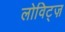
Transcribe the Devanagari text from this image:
लोविट्ज़